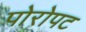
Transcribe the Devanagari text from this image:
पोरोपट